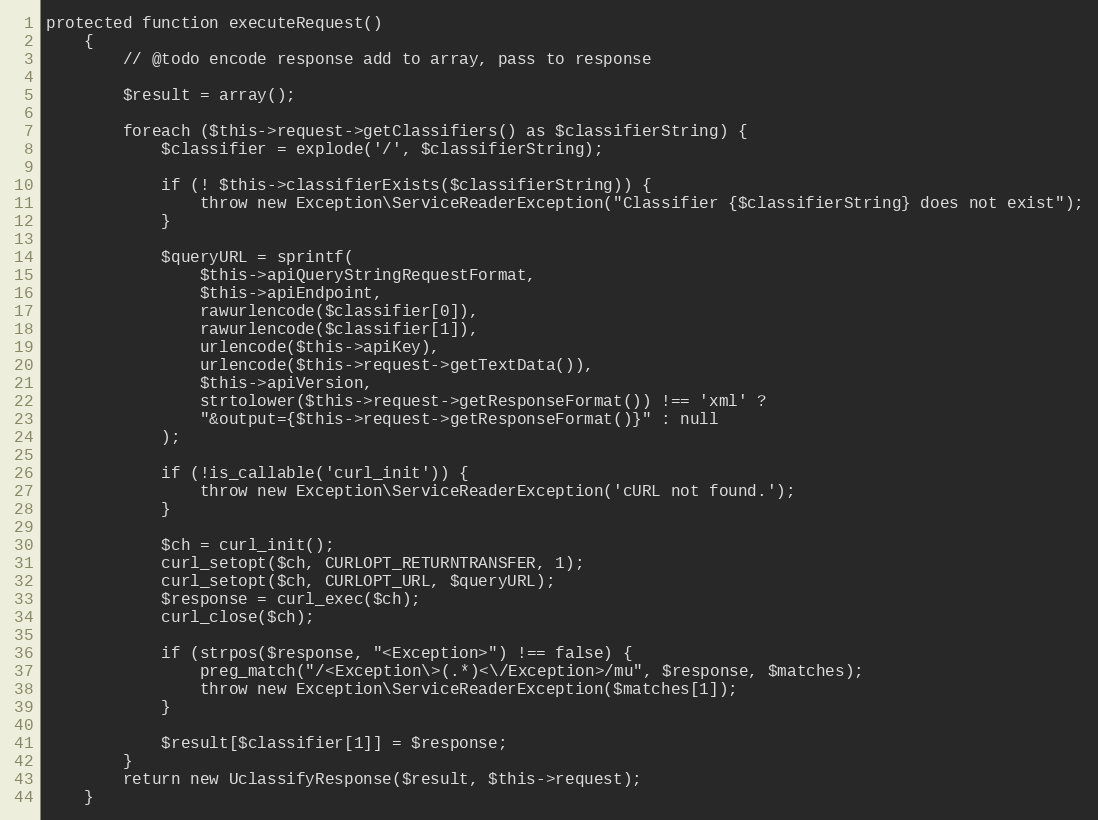
Language: PHP
protected function executeRequest()
    {
        // @todo encode response add to array, pass to response

        $result = array();

        foreach ($this->request->getClassifiers() as $classifierString) {
            $classifier = explode('/', $classifierString);

            if (! $this->classifierExists($classifierString)) {
                throw new Exception\ServiceReaderException("Classifier {$classifierString} does not exist");
            }

            $queryURL = sprintf(
                $this->apiQueryStringRequestFormat,
                $this->apiEndpoint,
                rawurlencode($classifier[0]),
                rawurlencode($classifier[1]),
                urlencode($this->apiKey),
                urlencode($this->request->getTextData()),
                $this->apiVersion,
                strtolower($this->request->getResponseFormat()) !== 'xml' ?
                "&output={$this->request->getResponseFormat()}" : null
            );

            if (!is_callable('curl_init')) {
                throw new Exception\ServiceReaderException('cURL not found.');
            }

            $ch = curl_init();
            curl_setopt($ch, CURLOPT_RETURNTRANSFER, 1);
            curl_setopt($ch, CURLOPT_URL, $queryURL);
            $response = curl_exec($ch);
            curl_close($ch);

            if (strpos($response, "<Exception>") !== false) {
                preg_match("/<Exception\>(.*)<\/Exception>/mu", $response, $matches);
                throw new Exception\ServiceReaderException($matches[1]);
            }

            $result[$classifier[1]] = $response;
        }
        return new UclassifyResponse($result, $this->request);
    }